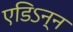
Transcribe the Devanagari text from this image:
एडिऽन्न